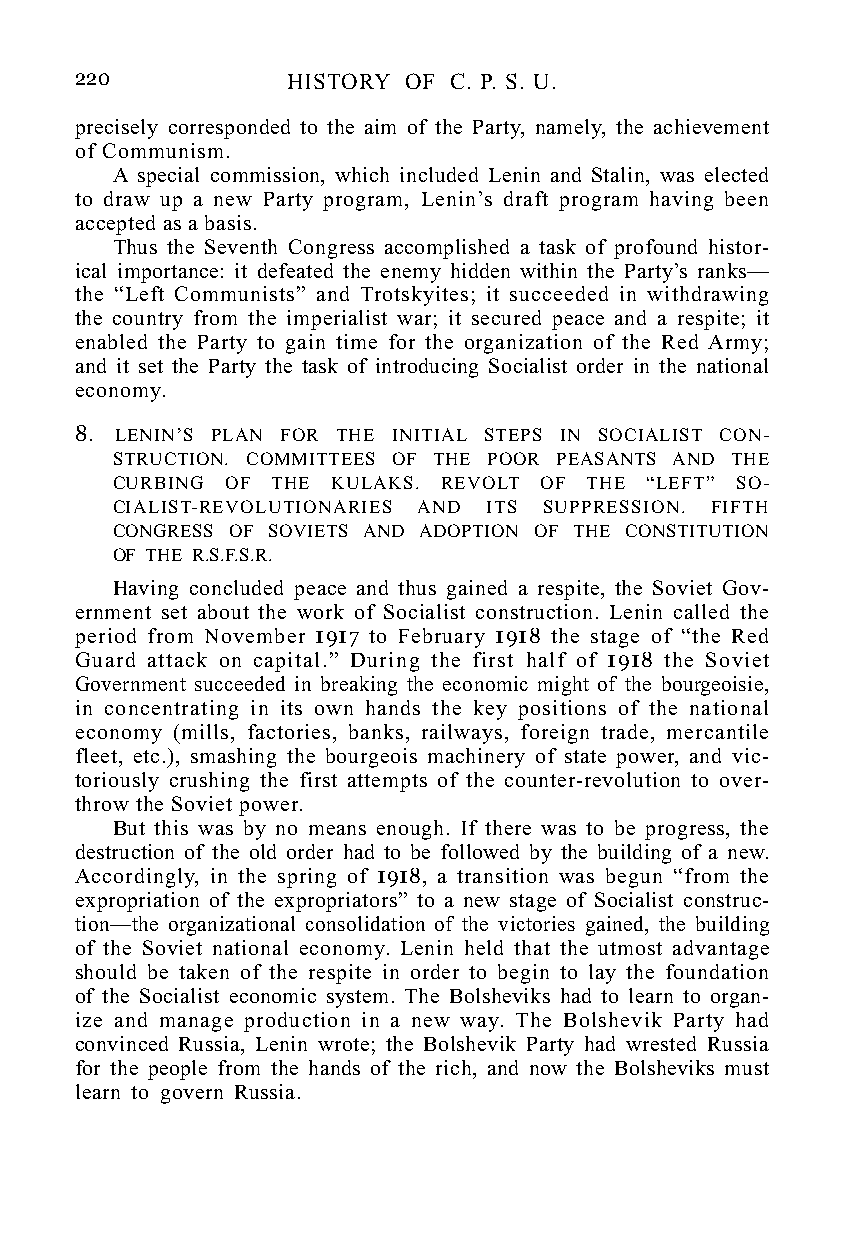
220           HISTORY OF C. P. S. U.
 precisely corresponded to the aim of the Party, namely, the achievement
 of Communism.
 A special commission, which included Lenin and Stalin, was elected
 to draw up a new Party program, Lenin’s draft program having been
 accepted as a basis.
 Thus the Seventh Congress accomplished a task of profound histor-
 ical importance: it defeated the enemy hidden within the Party’s ranks—
 the “Left Communists” and Trotskyites; it succeeded in withdrawing
 the country from the imperialist war; it secured peace and a respite; it
 enabled the Party to gain time for the organization of the Red Army;
 and it set the Party the task of introducing Socialist order in the national
 economy.
 8. LENIN’S PLAN FOR THE INITIAL STEPS IN SOCIALIST CON-
 STRUCTION. COMMITTEES OF THE POOR PEASANTS AND THE
 CURBING OF THE KULAKS. REVOLT OF THE “LEFT” SO-
 CIALIST-REVOLUTIONARIES AND ITS SUPPRESSION. FIFTH
 CONGRESS OF SOVIETS AND ADOPTION OF THE CONSTITUTION
 OF THE R.S.F.S.R.
 Having concluded peace and thus gained a respite, the Soviet Gov-
 ernment set about the work of Socialist construction. Lenin called the
 period from November 1917 to February 1918 the stage of “the Red
 Guard attack on capital.” During the first half of 1918 the Soviet
 Government succeeded in breaking the economic might of the bourgeoisie,
 in concentrating in its own hands the key positions of the national
 economy (mills, factories, banks, railways, foreign trade, mercantile
 fleet, etc.), smashing the bourgeois machinery of state power, and vic-
 toriously crushing the first attempts of the counter-revolution to over-
 throw the Soviet power.
 But this was by no means enough. If there was to be progress, the
 destruction of the old order had to be followed by the building of a new.
 Accordingly, in the spring of 1918, a transition was begun “from the
 expropriation of the expropriators” to a new stage of Socialist construc-
 tion—the organizational consolidation of the victories gained, the building
 of the Soviet national economy. Lenin held that the utmost advantage
 should be taken of the respite in order to begin to lay the foundation
 of the Socialist economic system. The Bolsheviks had to learn to organ-
 ize and manage production in a new way. The Bolshevik Party had
 convinced Russia, Lenin wrote; the Bolshevik Party had wrested Russia
 for the people from the hands of the rich, and now the Bolsheviks must
 learn to govern Russia.